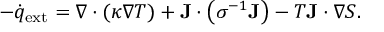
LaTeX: - { \dot { q } } _ { \mathrm { e x t } } = \nabla \cdot ( \kappa \nabla T ) + \mathbf { J } \cdot \left( \sigma ^ { - 1 } \mathbf { J } \right) - T \mathbf { J } \cdot \nabla S .